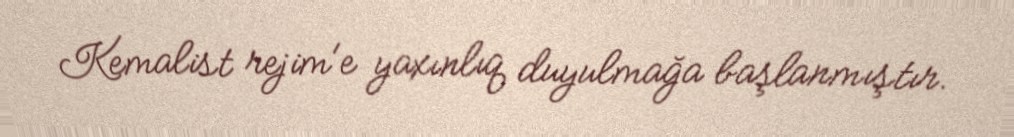
Kemalist rejim'e yaxınlıq duyulmağa başlanmıştır.